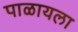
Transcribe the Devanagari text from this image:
पाळायला